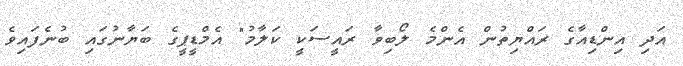
އަދި އިންޑިއާގެ ރައްޔިތުން އެންމެ ލޯބިވާ ރައީސަކީ ކަލާމު" އެމްޑީޕީގެ ބަޔާނުގައި ބުނެފައިވެ